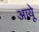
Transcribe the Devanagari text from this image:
आयूे